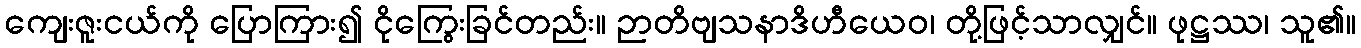
ကျေးဇူးငယ်ကို ပြောကြား၍ ငိုကြွေးခြင်တည်း။ ဉာတိဗျသနာဒိဟီယေဝ၊ တို့ဖြင့်သာလျှင်။ ဖုဋ္ဌဿ၊ သူ၏။